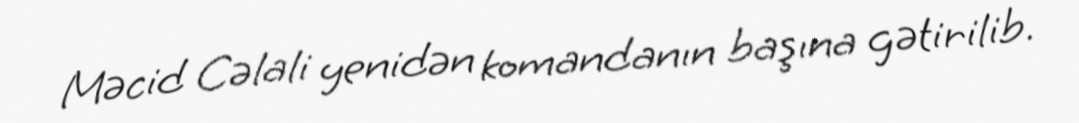
Məcid Cəlali yenidən komandanın başına gətirilib.